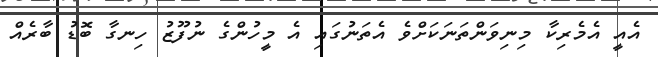
އެއީ އެމެރިކާ މިނިވަންތަނަކަށްވެ އެތަނުގައި އެ މީހުންގެ ނުފޫޒު ހިނގާ ބޮޑު ބާރެއް